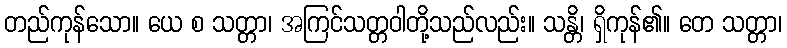
တည်ကုန်သော။ ယေ စ သတ္တာ၊ အကြင်သတ္တဝါတို့သည်လည်း။ သန္တိ၊ ရှိကုန်၏။ တေ သတ္တာ၊